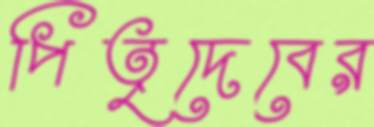
পিতৃদেবের